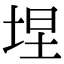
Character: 㘿